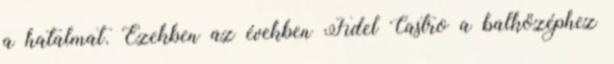
a hatalmat. Ezekben az években Fidel Castro a balközéphez